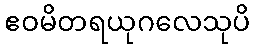
ဧဝမိတရယုဂလေသုပိ